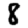
Digit: 8